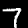
Digit: 7